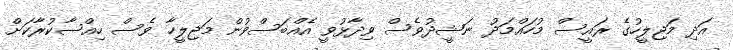
އަދި މަޖިލީހުގެ ރައީސް މުހައްމަދު ނަޝީދުވެސް ވިދާޅުވީ އެއްބަސްވުން މަޖިލީހާ ވެސް ހިއްސާކުރާކަަށް